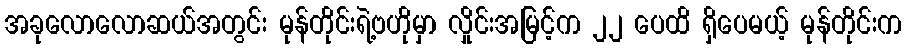
အခုလောလောဆယ်အတွင်း မုန်တိုင်းရဲ့ဗဟိုမှာ လှိုင်းအမြင့်က ၂၂ ပေထိ ရှိပေမယ့် မုန်တိုင်းက